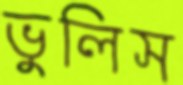
ভুলিস